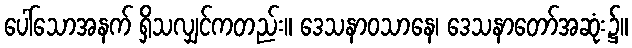
ပေါ်သောအနက် ရှိသလျှင်ကတည်း။ ဒေသနာဝသာနေ၊ ဒေသနာတော်အဆုံး၌။